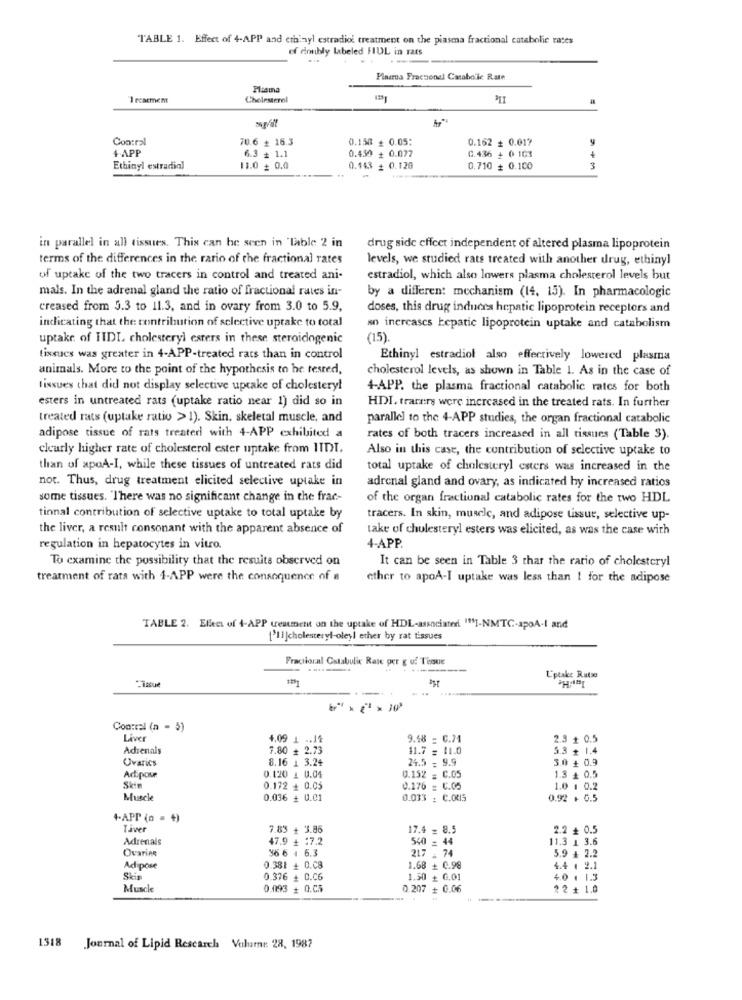
TABLE 1. Effect of 4-APP and ethinyl estradiol treatment on the piasma fractional catabolie rates
of dmbly Labeled FUL in rats
Placrua Fracsonel Cataboic Rate
Plasma
Ike
1 reacment
Cholesterol
Contral
70.6 + 16.3
0.150 + 0.05:
0.162 + 0.017
+ APP
0.450 + 0.077
C.436 + 0 103
6.3 + 1.1
Ethinyl estradiol
11.0 _ 0.0
0.443 + 0.120
0.710 + 0.100
in parallel in all tissues. This can be seen in 'Table 2 in
drug side effeet independent of altered plasma lipoprotein
terms of the differences in the rario of the fractional rates
levels, we studied rats treated with another drug, ethinyl
of uptake of the two tracers in control and treated ani-
estradiol, which also lowers plasma cholesterol levels but
mais. In the adrenal gland the ratio of fractional rates in-
by a different mechanism (14, 15). In pharmacologic
creased from 5.3 to 11.3, and in ovary from 3.0 to 5.9,
doses, this drug induces hepatic lipoprotein receptors and
indicating that the contribution of sclective uptake to total
sn increases hepatic lipoprotein uptake and catabolism
uptake of TIDI cholesteryl esters in these steroidogenic
(15)
tissues was greater in 4-APP-treated rats than in control
Ethinyl estradiol also effectively lowered plasma
animals. More to the point of the hypothesis to he tesred,
cholesterol levels, as shown in Table 1. As in the case of
l'issues that did not display selective uptake of cholestery!
4-APP. the plasma fractional catabolic rates for both
esters in untreated rats (uptake ratio near 1) did so in
HDI. tracers were increased in the treated rats. In further
treated rats (uptake ratio > 1). Skin, skeletal muscle, and
parallel to the 4-APP studies, the organ fractional catabolic
adipose tissue of rats treated with 4-APP exhibited a
rates of both tracers increased in all tissues (Table S).
clearly higher rate of cholesterol ester uptake from IIDI.
Also in this case, the contribution of selective uptake to
than of apoA-I, while these tissues of untreated rats did
total uptake of cholesteryl esters was increased in the
not. Thus, drug treatment elicited selective uptake in
adrenal gland and ovary, as indicated by increased ratios
some tissues. 'There was no significant change in the frac-
of the organ fractional catabolic rates for the two HDL
tinnal contribution of selective uptake to total uptake by
tracers. In skin, muscle, and adipose tissue, selective up-
the liver, a result consonant with the apparent absence of
take of cholesteryl esters was elicited, as was the case with
regulation in hepatocytes in vitro.
4-APP.
To examine the possibility that the results observed on
It can be seen in Table 3 thar the rario of cholesteryl
treatment of rats with 1-APP were the consequence of a
ether to apoA-I uptake was less than 1 for the adipose
TABLE 2. Effect of 4-APP teamett on the uptake of HDL-associated "SI-NMTC-spoA-I and
1'I] ]cholesteryl-oleyl erher by rat tissues
Fractional Catabulic Raie per g uf Tissue
Uptake Ruts
Contral (n = 5)
Liver
4,09 1 .. 14
9.48 = 0.21
2.3 + 0.5
Adrenals
7.80 + 2.73
11.7 = 11.0
5.3 + 1.4
Ovarics
8.16 1 3.24
24.5 . 9.9
3.0 + 0.9
Art pose
0.120 1 0.04
0.152 = C.OS
1.3 + 0.5
Skin
0.172 + 0.05
0.176 = C.05
1.0 1 0.2
Muscle
0.036 + 0.01
0.033 : C.OUIS
0.92 + 0.5
4-APP (o = +)
Tiver
7.83 + 3.86
17.4 = 8.5
2.2 + 0.5
Adrenals
47.9 + :7.2
540 = 44
11.3 1 3.6
Ovarias
36 6 4 6.3
217 . 74
5.9 + 2.2
Adipose
0.381 + 0.08
1.68 + 0.98
4.4 1 2.1
Skin
0.376 + 0.06
1.50 + G.01
4.0 1 1.3
Muscle
0.093 + 0.Ch
0.207 + 0.06
22 + 1.0
1518 Journal of Lipid Research Vuharne 28, 1987